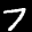
Label: 7